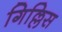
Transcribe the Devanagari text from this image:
गिल्लिस